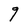
Character: g